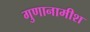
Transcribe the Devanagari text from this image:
गुणानामीश